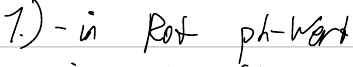
1.) - in  Rot ph-Wert